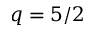
q = 5 / 2